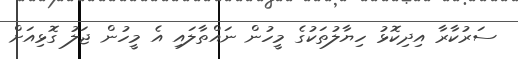
ސަރުކާރާ އިދިކޮޅު ހިޔާލުތަކުގެ މީހުން ނައްތާލައި އެ މީހުން ޖަލު ގޮޅިއަށް